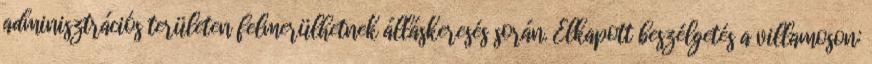
adminisztrációs területen felmerülhetnek álláskeresés során. Elkapott beszélgetés a villamoson: